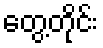
တွေ့တိုင်း